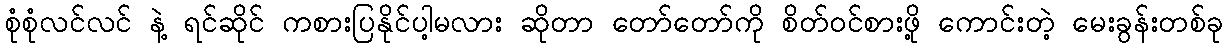
စုံစုံလင်လင် နဲ့ ရင်ဆိုင် ကစားပြနိုင်ပါ့မလား ဆိုတာ တော်တော်ကို စိတ်ဝင်စားဖို့ ကောင်းတဲ့ မေးခွန်းတစ်ခု